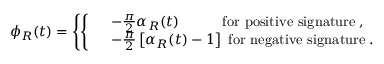
\phi _ { R } ( t ) = \left\{ \left\{ \begin{array} { l l } { { } } & { { - \frac { \pi } { 2 } \alpha _ { R } ( t ) \qquad \mathrm { ~ ~ ~ f o r ~ p o s i t i v e ~ s i g n a t u r e } \; , } } \\ { { } } & { { - \frac { \pi } { 2 } \left[ \alpha _ { R } ( t ) - 1 \right] \mathrm { ~ f o r ~ n e g a t i v e ~ s i g n a t u r e } \; . } } \end{array} \right. \right.